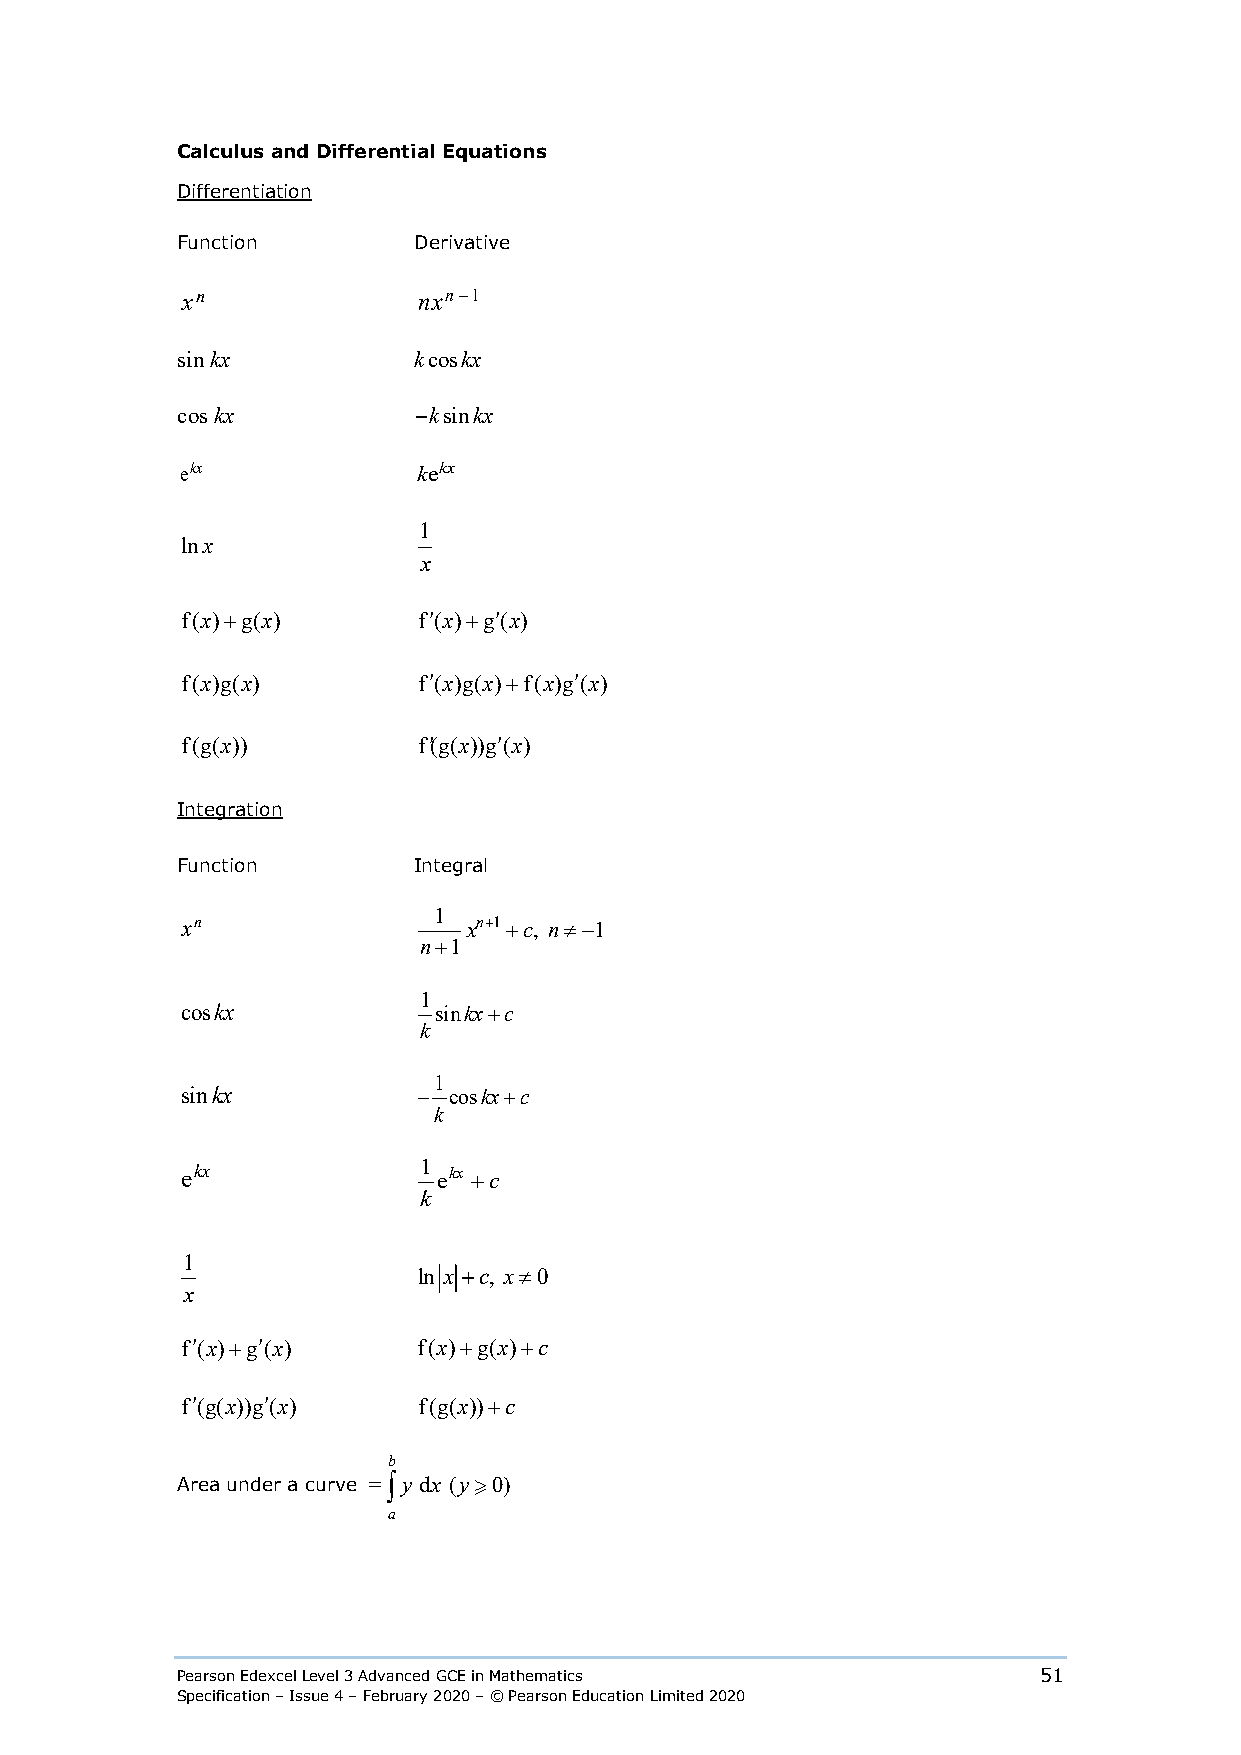
Calculus and Differential Equations
 Differentiation
 Function       Derivative
 xn              nxn−1
 sin kx         k cos kx
 cos kx         −k sin kx
 ekx             kekx
 1
 lnx
 x
 f(x)+g(x)       f′(x)+g′(x)
 f(x)g(x)        f′(x)g(x)+f(x)g′(x)
 f(g(x))         f′(g(x))g′(x)
 Integration
 Function       Integral
 1
 xn                 xn+1+c, n≠−1
 n+1
 1
 coskx            sinkx+c
 k
 1
 sinkx           − coskx+c
 k
 ekx             1 ekx +c
 k
 1
 ln x +c, x≠0
 x
 f′(x)+g′(x)     f(x)+g(x)+c
 f′(g(x))g′(x)   f(g(x))+c
 b
 Area under a curve =∫y dx (y 0)
 a
 Pearson Edexcel Level 3 Advanced GCE in Mathematics      51
 Specification – Issue 4 – February 2020 – © Pearson Education Limited 2020